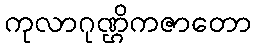
ကုလာဂုဏ္ဌိကဇာတော